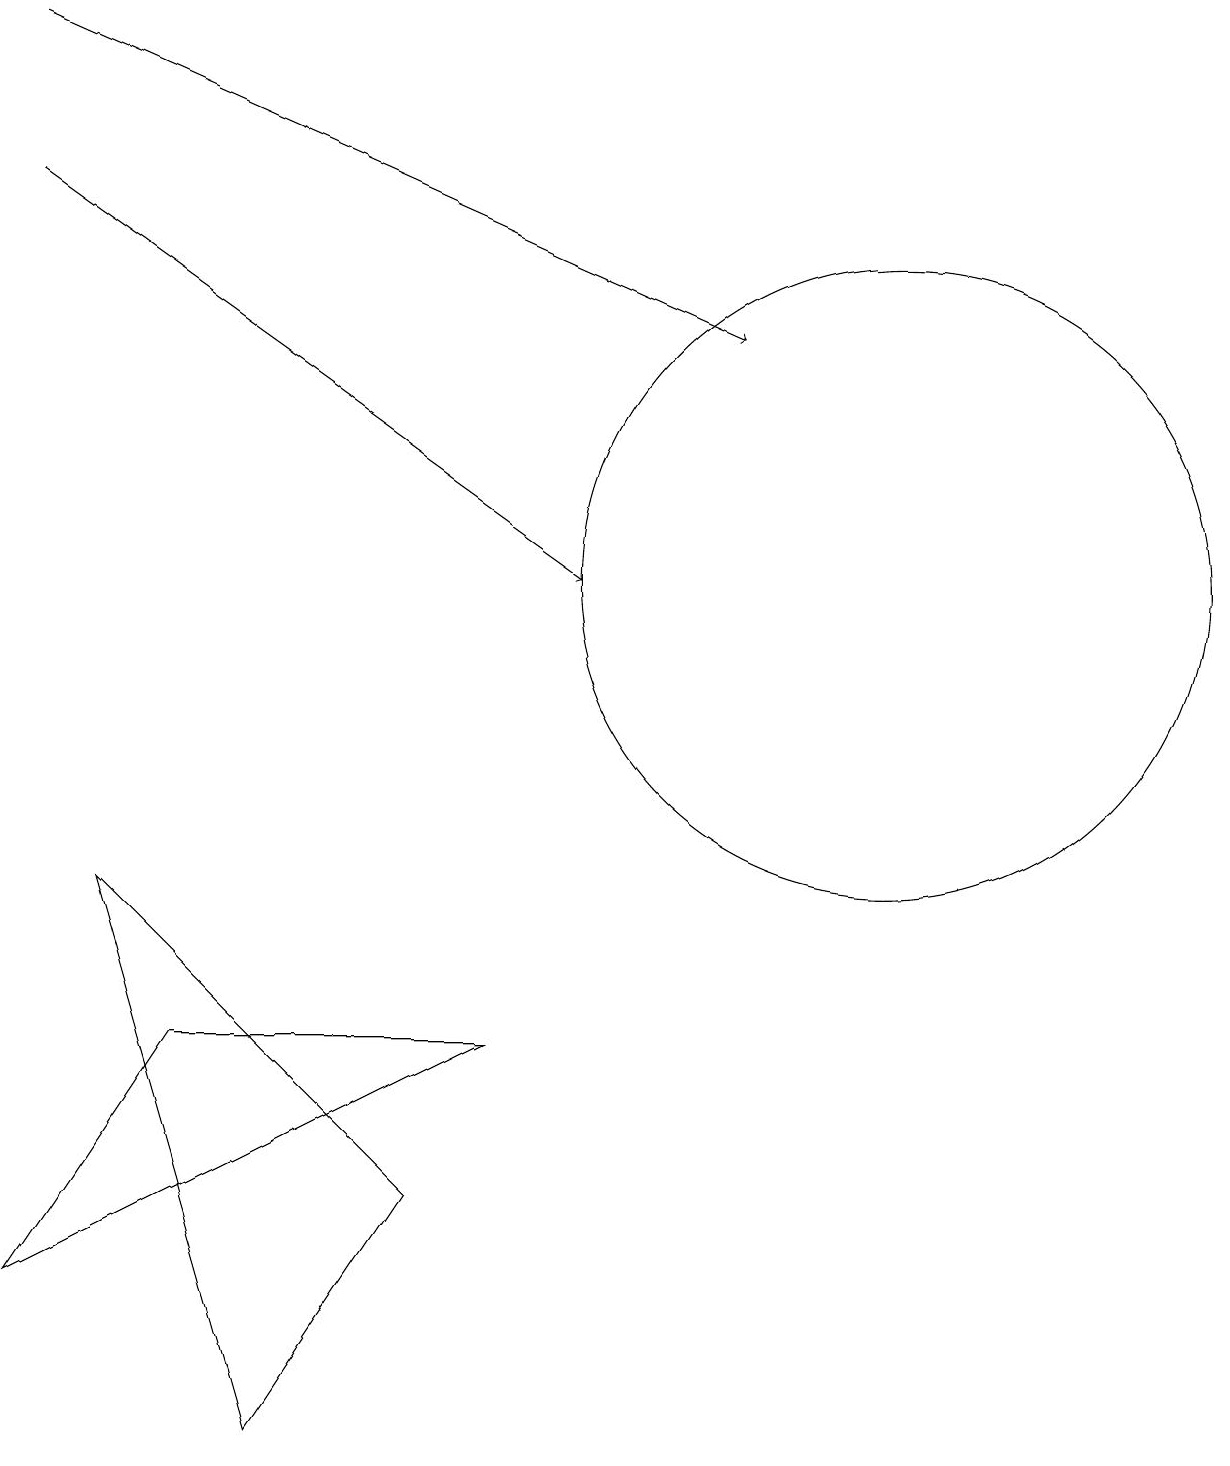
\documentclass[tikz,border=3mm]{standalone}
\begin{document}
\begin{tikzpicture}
\draw[->] (0,16) -- (7,11);
\draw[->] (0,18) -- (9,14);
\draw (6,5) -- (2,5) -- (0,2) -- cycle;
\draw (11,11) circle (4);
\draw (1,7) -- (5,3) -- (3,0) -- cycle;
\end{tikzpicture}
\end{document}